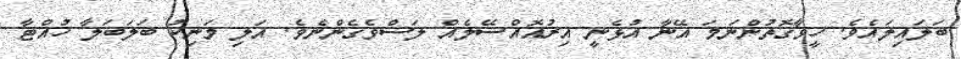
ބަލައިލައެވެ. ހީވާގޮތުންނަމަ އޭނާ އުޅެނީ އިރުއޮއްސޭލެއް ލަސްވެގެންނެވެ. އަލި މަނިކު ބަލަބަލާ ހުއްޓާ